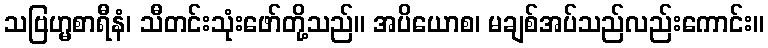
သဗြဟ္မစာရီနံ၊ သီတင်းသုံးဖော်တို့သည်။ အပိယောစ၊ မချစ်အပ်သည်လည်းကောင်း။